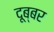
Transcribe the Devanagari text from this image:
दूब्बर